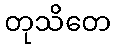
တုသိတေ